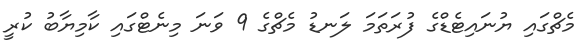
މެޗްގައި ޔުނައިޓެޑްގެ ފުރަތަމަ ލަނޑު މެޗްގެ 9 ވަނަ މިނެޓްގައި ކާމިޔާބު ކުރީ